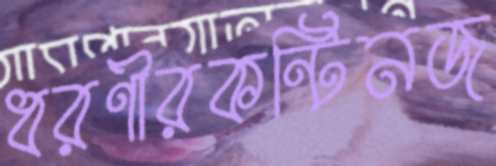
ধরণীরকন্টিনজ